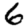
Digit: 6